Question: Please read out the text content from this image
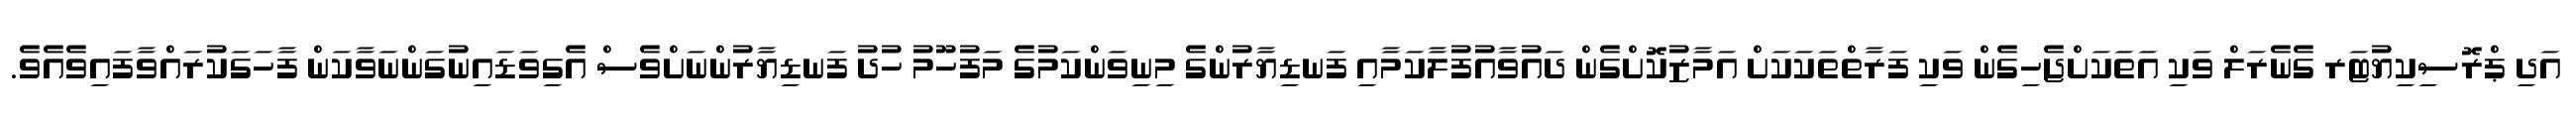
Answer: އަދި ޕްރޮސިކިޔުޓަރ ގެނެރަލް ވަކި އަތަކަށްޖެހިގެން ވަކި ފަރާތްތަކަކަށް އަމާޒުކޮށްގެން ދައުވާއުފުލާކަމާއި ފަނޑިޔާރުންގެ މިނިވަންކަމުގެ މަފުހޫމު ހުދު ފަނޑިޔާރުންނަށްވެސް އެގިވަޑައިނުގަންނަވާކަން ފާހަގަކުރައްވާފައިވެއެވެ.